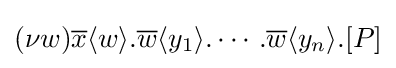
(\nu w){\overline {x}}\langle w\rangle .{\overline {w}}\langle y_{1}\rangle .\cdots .{\overline {w}}\langle y_{n}\rangle .[P]